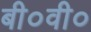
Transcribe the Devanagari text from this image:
बी०वी०